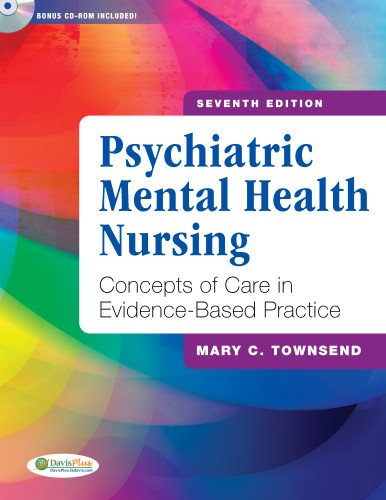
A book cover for Psychiatric Mental Health Nursing: Concepts of Care in Evidence-Based Practice; Mary C. Townsend DSN  PMHCNS-BC; Medical Books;